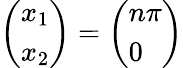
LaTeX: \left({\begin{array}{l}{x_{1}}\\ {x_{2}}\end{array}}\right)=\left({\begin{array}{l}{n\pi}\\ {0}\end{array}}\right)